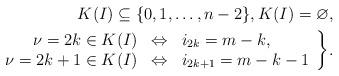
LaTeX: \begin{align*}K(I) \subseteq \{ 0, 1, \ldots, n-2 \}, K(I) = \varnothing & , \\\left.\begin{array}{rcl}\nu = 2k \in K(I) & \Leftrightarrow & i_{2k} = m-k, \\\nu = 2k+1 \in K(I) & \Leftrightarrow & i_{2k+1} = m-k-1\end{array}\right\} & .\end{align*}